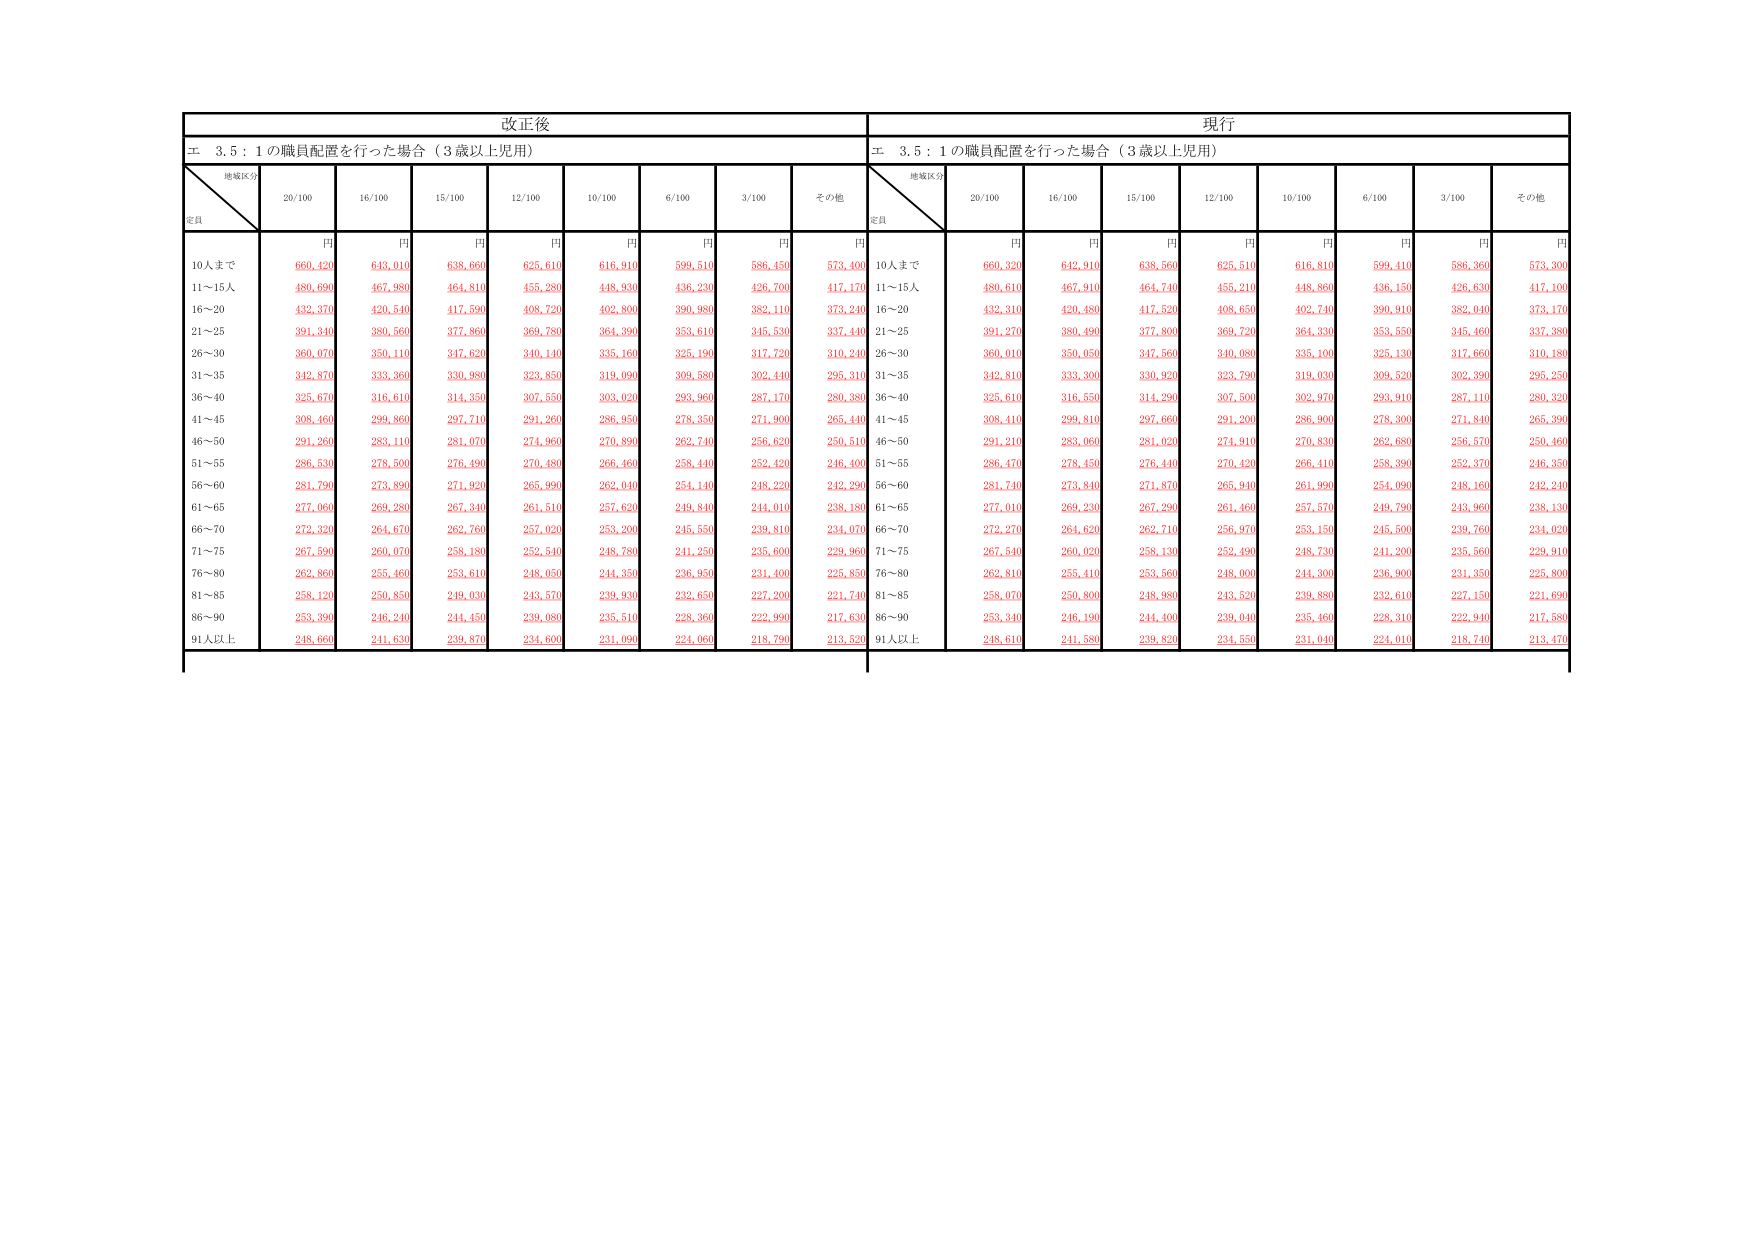
改正後
現行
エ 3.5：1の職員配置を行った場合（3歳以上児用）
エ 3.5：1の職員配置を行った場合（3歳以上児用）
地域区分
定員
20/100
16/100
15/100
12/100
10/100
6/100
3/100
その他
地域区分
定員
20/100
16/100
15/100
12/100
10/100
6/100
3/100
その他
円
円
円
円
円
円
円
円
円
円
円
円
円
円
円
円
円
円
10人まで
660,420
643,010
638,660
625,610
616,910
599,510
586,450
573,400
10人まで
660,320
642,910
638,560
625,510
616,810
599,410
586,360
573,300
11～15人
480,690
467,980
464,810
455,280
448,930
436,230
426,700
417,170
11～15人
480,610
467,910
464,740
455,210
448,860
436,150
426,630
417,100
16～20
432,370
420,540
417,590
408,720
402,800
390,980
382,110
373,240
16～20
432,310
420,480
417,520
408,650
402,740
390,910
382,040
373,170
21～25
391,340
380,560
377,860
369,780
364,390
353,610
345,530
337,440
21～25
391,270
380,490
377,800
369,720
364,330
353,550
345,460
337,380
26～30
360,070
350,110
347,620
340,140
335,160
325,190
317,720
310,240
26～30
360,010
350,050
347,560
340,080
335,100
325,130
317,660
310,180
31～35
342,870
333,360
330,980
323,850
319,090
309,580
302,440
295,310
31～35
342,810
333,300
330,920
323,790
319,030
309,520
302,390
295,250
36～40
325,670
316,610
314,350
307,550
303,020
293,960
287,170
280,380
36～40
325,610
316,550
314,290
307,500
302,970
293,910
287,110
280,320
41～45
308,460
299,860
297,710
291,260
286,950
278,350
271,900
265,440
41～45
308,410
299,810
297,660
291,200
286,900
278,300
271,840
265,390
46～50
291,260
283,110
281,070
274,960
270,890
262,740
256,620
250,510
46～50
291,210
283,060
281,020
274,910
270,830
262,680
256,570
250,460
51～55
286,530
278,500
276,490
270,480
266,460
258,440
252,420
246,400
51～55
286,470
278,450
276,440
270,420
266,410
258,390
252,370
246,350
56～60
281,790
273,890
271,920
265,990
262,040
254,140
248,220
242,290
56～60
281,740
273,840
271,870
265,940
261,990
254,090
248,160
242,240
61～65
277,060
269,280
267,340
261,510
257,620
249,840
244,010
238,180
61～65
277,010
269,230
267,290
261,460
257,570
249,790
243,960
238,130
66～70
272,320
264,670
262,760
257,020
253,200
245,550
239,810
234,070
66～70
272,270
264,620
262,710
256,970
253,150
245,500
239,760
234,020
71～75
267,590
260,070
258,180
252,540
248,780
241,250
235,600
229,960
71～75
267,540
260,020
258,130
252,490
248,730
241,200
235,560
229,910
76～80
262,860
255,460
253,610
248,050
244,350
236,950
231,400
225,850
76～80
262,810
255,410
253,560
248,000
244,300
236,900
231,350
225,800
81～85
258,120
250,850
249,030
243,570
239,930
232,650
227,200
221,740
81～85
258,070
250,800
248,980
243,520
239,880
232,610
227,150
221,690
86～90
253,390
246,240
244,450
239,080
235,510
228,360
222,990
217,630
86～90
253,340
246,190
244,400
239,040
235,460
228,310
222,940
217,580
91人以上
248,660
241,630
239,870
234,600
231,090
224,060
218,790
213,520
91人以上
248,610
241,580
239,820
234,550
231,040
224,010
218,740
213,470